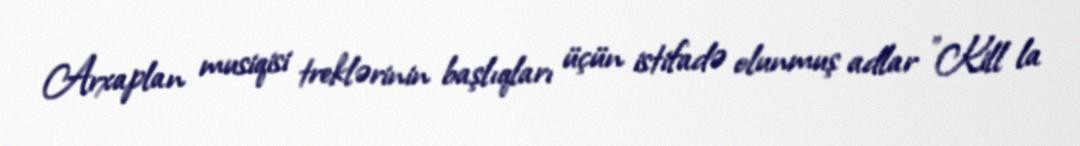
Arxaplan musiqisi treklərinin başlıqları üçün istifadə olunmuş adlar "Kill la